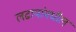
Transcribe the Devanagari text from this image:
लढायांमधील